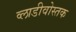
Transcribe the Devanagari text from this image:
व्लाडीवोस्तक